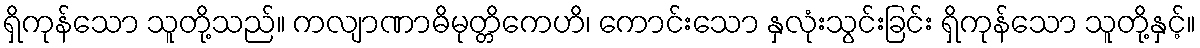
ရှိကုန်သော သူတို့သည်။ ကလျာဏာဓိမုတ္တိကေဟိ၊ ကောင်းသော နှလုံးသွင်းခြင်း ရှိကုန်သော သူတို့နှင့်။